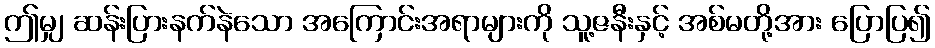
ဤမျှ ဆန်းပြားနက်နဲသော အကြောင်းအရာများကို သူ့ဇနီးနှင့် အစ်မတို့အား ပြောပြ၍